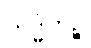
သုဒ္ဓိကဉ္စ